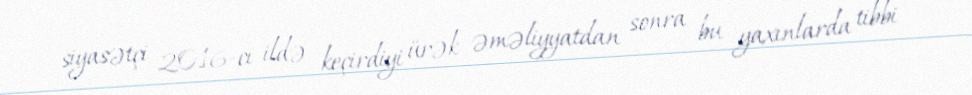
siyasətçi 2016-cı ildə keçirdiyi ürək əməliyyatdan sonra bu yaxınlarda tibbi